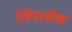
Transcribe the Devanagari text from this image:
लिपलॉक